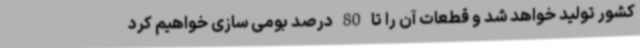
کشور تولید خواهد شد و قطعات آن را تا 80 درصد بومی سازی خواهیم کرد